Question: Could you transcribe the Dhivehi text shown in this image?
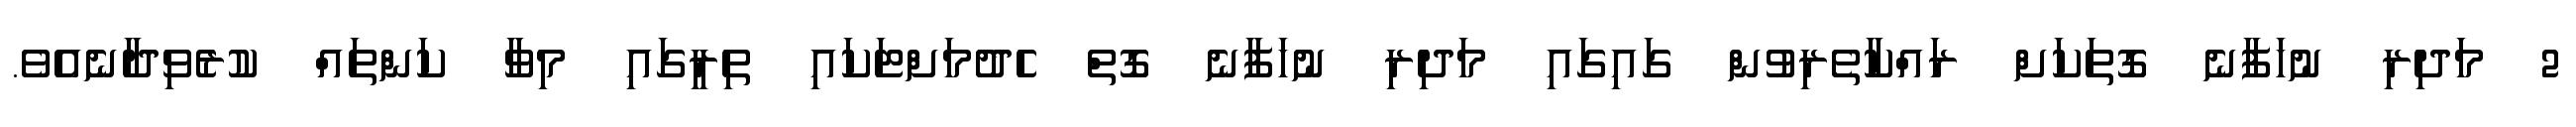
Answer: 2 މަދިރި ނުހަފާނެ ގޮތަކަށް ރައްކާތެރިވުން ގައިގައި މަދިރި ނުހަފާނެ ގޮތް ހެދުމަށްޓަކައި ތިރީގައި މިވާ ކަންތައް ކުރެވިދާނެއެވެ.